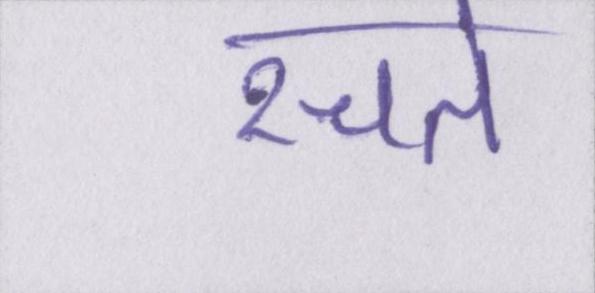
रचते